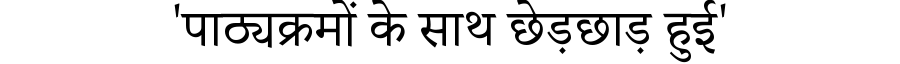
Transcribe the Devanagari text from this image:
'पाठ्यक्रमों के साथ छेड़छाड़ हुई'